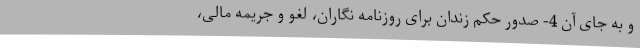
و به جای آن 4- صدور حکم زندان برای روزنامه نگاران، لغو و جریمه مالی،